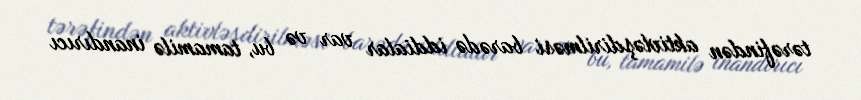
tərəfindən aktivləşdirilməsi barədə iddialar var və bu, tamamilə inandırıcı